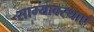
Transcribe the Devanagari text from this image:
साम्यावस्थाएं